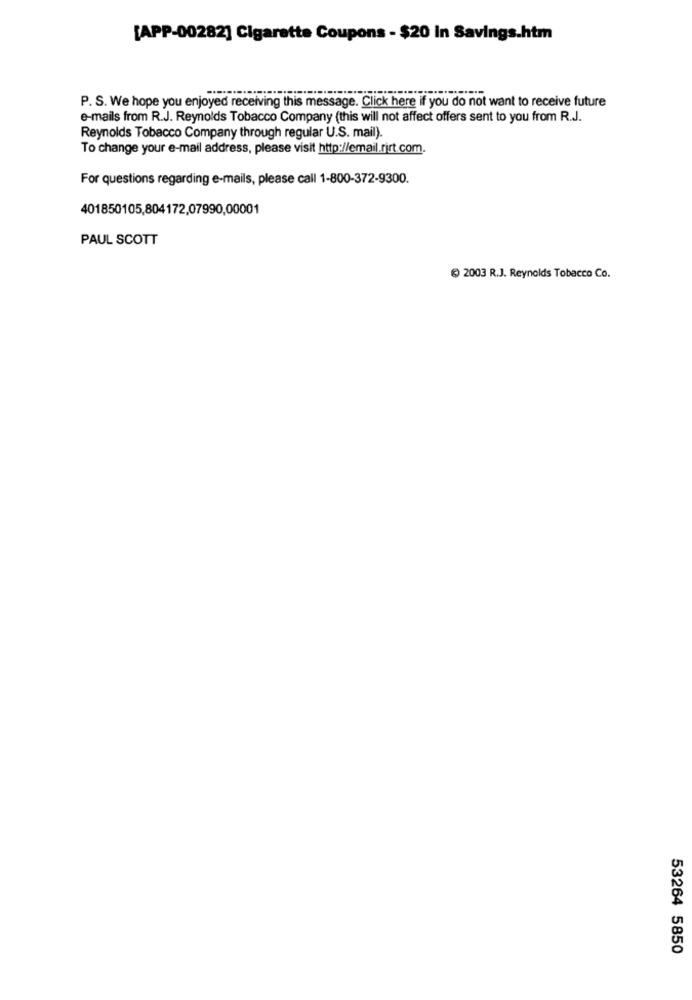
[APP-00282] Cigarette Coupons - $20 In Savings.htm
P. S. We hope you enjoyed receiving this message. Click here if you do not want to receive future
e-mails from R.J. Reynolds Tobacco Company (this will not affect offers sent to you from R.J.
Reynolds Tobacco Company through regular U.S. mail).
To change your e-mail address, please visit http://email.rirt.com.
For questions regarding e-mails, please call 1-800-372-9300.
401850105,804172,07990,00001
PAUL SCOTT
2003 R.J. Reynolds Tobacco Co.
53264 5850